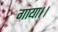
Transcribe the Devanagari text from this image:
गाया।।